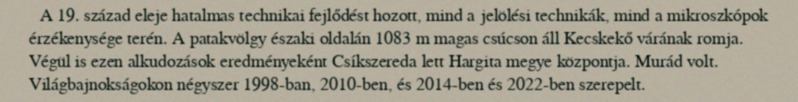
A 19. század eleje hatalmas technikai fejlődést hozott, mind a jelölési technikák, mind a mikroszkópok érzékenysége terén. A patakvölgy északi oldalán 1083 m magas csúcson áll Kecskekő várának romja. Végül is ezen alkudozások eredményeként Csíkszereda lett Hargita megye központja. Murád volt. Világbajnokságokon négyszer 1998-ban, 2010-ben, és 2014-ben és 2022-ben szerepelt.